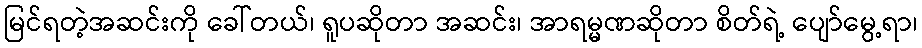
မြင်ရတဲ့အဆင်းကို ခေါ်တယ်၊ ရူပဆိုတာ အဆင်း၊ အာရမ္မဏဆိုတာ စိတ်ရဲ့ ပျော်မွေ့ရာ၊